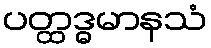
ပတ္ထဒ္ဓမာနသံ